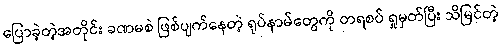
ပြောခဲ့တဲ့အတိုင်း ခဏမစဲ ဖြစ်ပျက်နေတဲ့ ရုပ်နာမ်တွေကို တရစပ် ရှုမှတ်ပြီး သိမြင်တဲ့